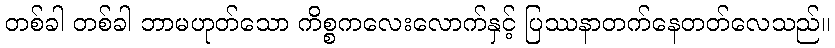
တစ်ခါ တစ်ခါ ဘာမဟုတ်သော ကိစ္စကလေးလောက်နှင့် ပြဿနာတက်နေတတ်လေသည်။